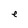
Character: e